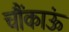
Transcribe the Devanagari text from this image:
चौंकाऊं